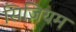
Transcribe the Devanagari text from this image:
सिज़ियम